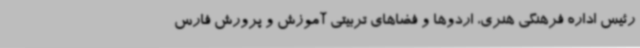
رئیس اداره فرهنگی هنری، اردوها و فضاهای تربیتی آموزش و پرورش فارس